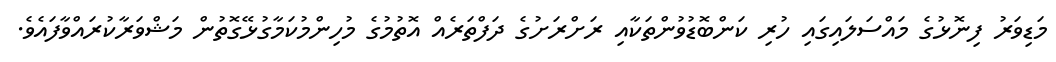
މަޑިވަރު ފިނޮޅުގެ މައްސަލައިގައި ހުރި ކަންބޮޑުވުންތަކާއި ރަށްރަށުގެ ދަފްތަރެއް އޮތުމުގެ މުހިންމުކަމާގުޅޭގޮތުން މަޝްވަރާކުރައްވާފައެވެ.